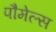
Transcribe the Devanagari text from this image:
पौमेल्स